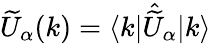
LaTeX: \widetilde{U}_{\alpha}(k)=\langle k|\hat{\widetilde{U}}_{\alpha}|k\rangle